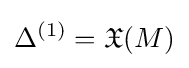
\Delta ^{(1)}={\mathfrak {X}}(M)